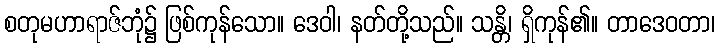
စတုမဟာရာဇ်ဘုံ၌ ဖြစ်ကုန်သော။ ဒေဝါ၊ နတ်တို့သည်။ သန္တိ၊ ရှိကုန်၏။ တာဒေဝတာ၊